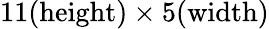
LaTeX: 11(\textrm{height})\times 5(\textrm{width})